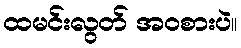
ထမင်းလွတ် အဝစားပဲ။